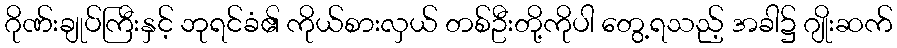
ဂိုဏ်းချုပ်ကြီးနှင့် ဘုရင်ခံ၏ ကိုယ်စားလှယ် တစ်ဦးတို့ကိုပါ တွေ့ရသည့် အခါ၌ ဂျိုးဆက်